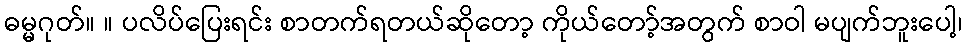
ဓမ္မဂုတ်။ ။ ပလိပ်ပြေးရင်း စာတက်ရတယ်ဆိုတော့ ကိုယ်တော့်အတွက် စာဝါ မပျက်ဘူးပေါ့၊